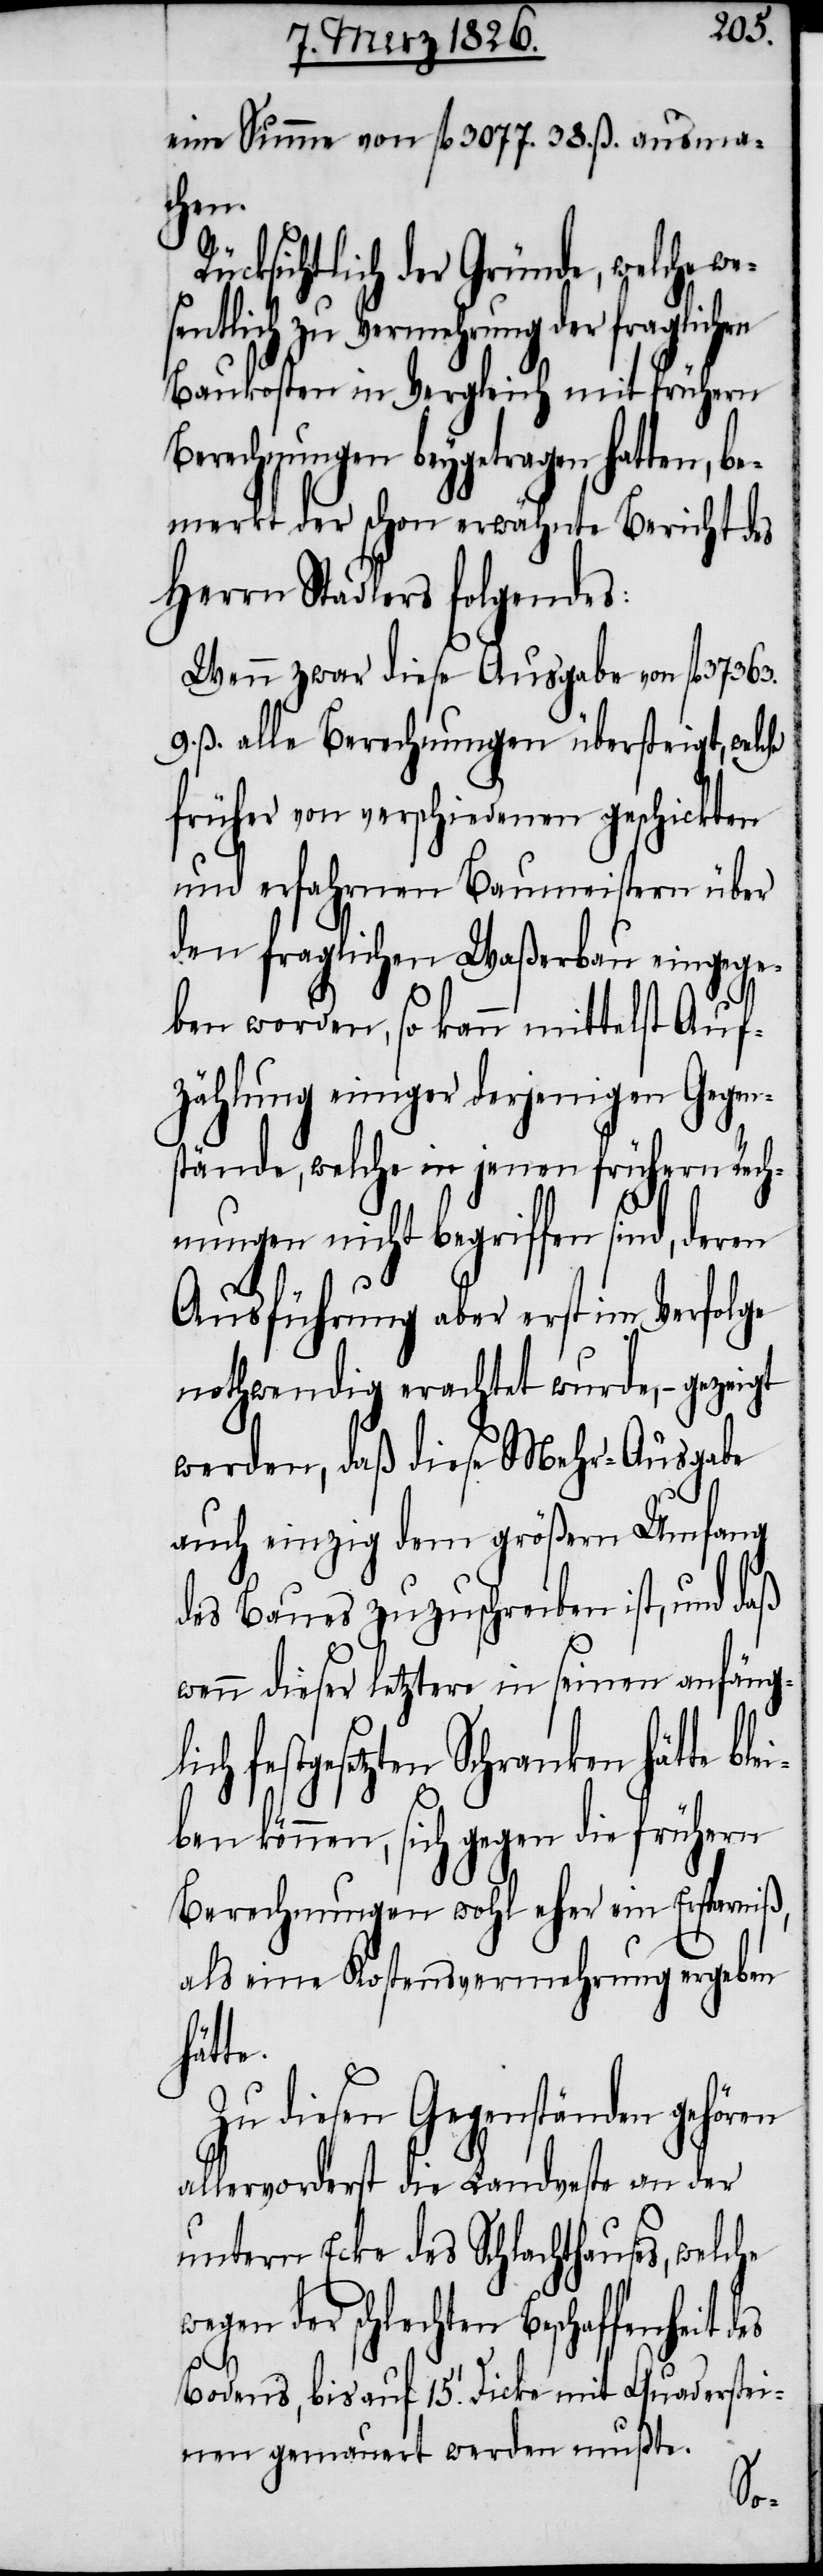
eine Summe von fl. 3077. 38. ß. ausma¬
chen
ücksichtlich der Gründe, welche we¬
ich zu Vermehrung der fragli¬
Baukosten in Vergleich mit frühern
Berechnungen beygetragen hatten, b¬
emerkt der schon erwähnte Bericht des
Herrn Stadler folgendes:
Wenn zwar diese Ausgabe von fl. 37
9. ß. alle Berechnungen übersteigt, welc¬
früher von verschiedenen geschickten
und erfahrnen Baumeistern über
den fraglichen Waßerbau eingege¬
ben worden, so kann mittelst Auf¬
zählung einiger derjenigen Gegen¬
stände, welche in jenen frühern Rech¬
nungen nicht begriffen sind, deren
Ausführung aber erst im Verfolge
nothwendig erachtet wurde, – gezeigt
werden, daß diese Mehr-Ausgabe
auch einzig dem größern Umfang
des Baues zuzuschreiben ist, und daß
wenn dieser letztere in seinen anfäng¬
festgesetzten Schranken hätte bl¬
ben können, sich gegen die frühern
Berechnungen wohl eher ein Ersparniß,
als eine Kostenvermehrung ergeben
hätte.
Zu diesen Gegenständen gehören
allervorderst die Landveste an der
untern Ecke des Schlachthauses, welche
der schlechten Beschaffenheit
Bodens, bis auf 15.’ Dicke mit Quaderstei¬
nen gemauert werden mußte.
ei¬